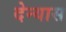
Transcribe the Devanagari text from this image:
देन्यास